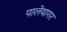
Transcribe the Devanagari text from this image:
पालेयागर